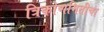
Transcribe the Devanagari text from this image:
त्रिकोणमितीचा